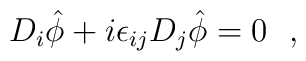
D_i \hat \phi+i\epsilon_{ij} D_j \hat \phi=0~~,